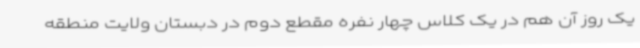
یک روز آن هم در یک کلاس چهار نفره مقطع دوم در دبستان ولایت منطقه